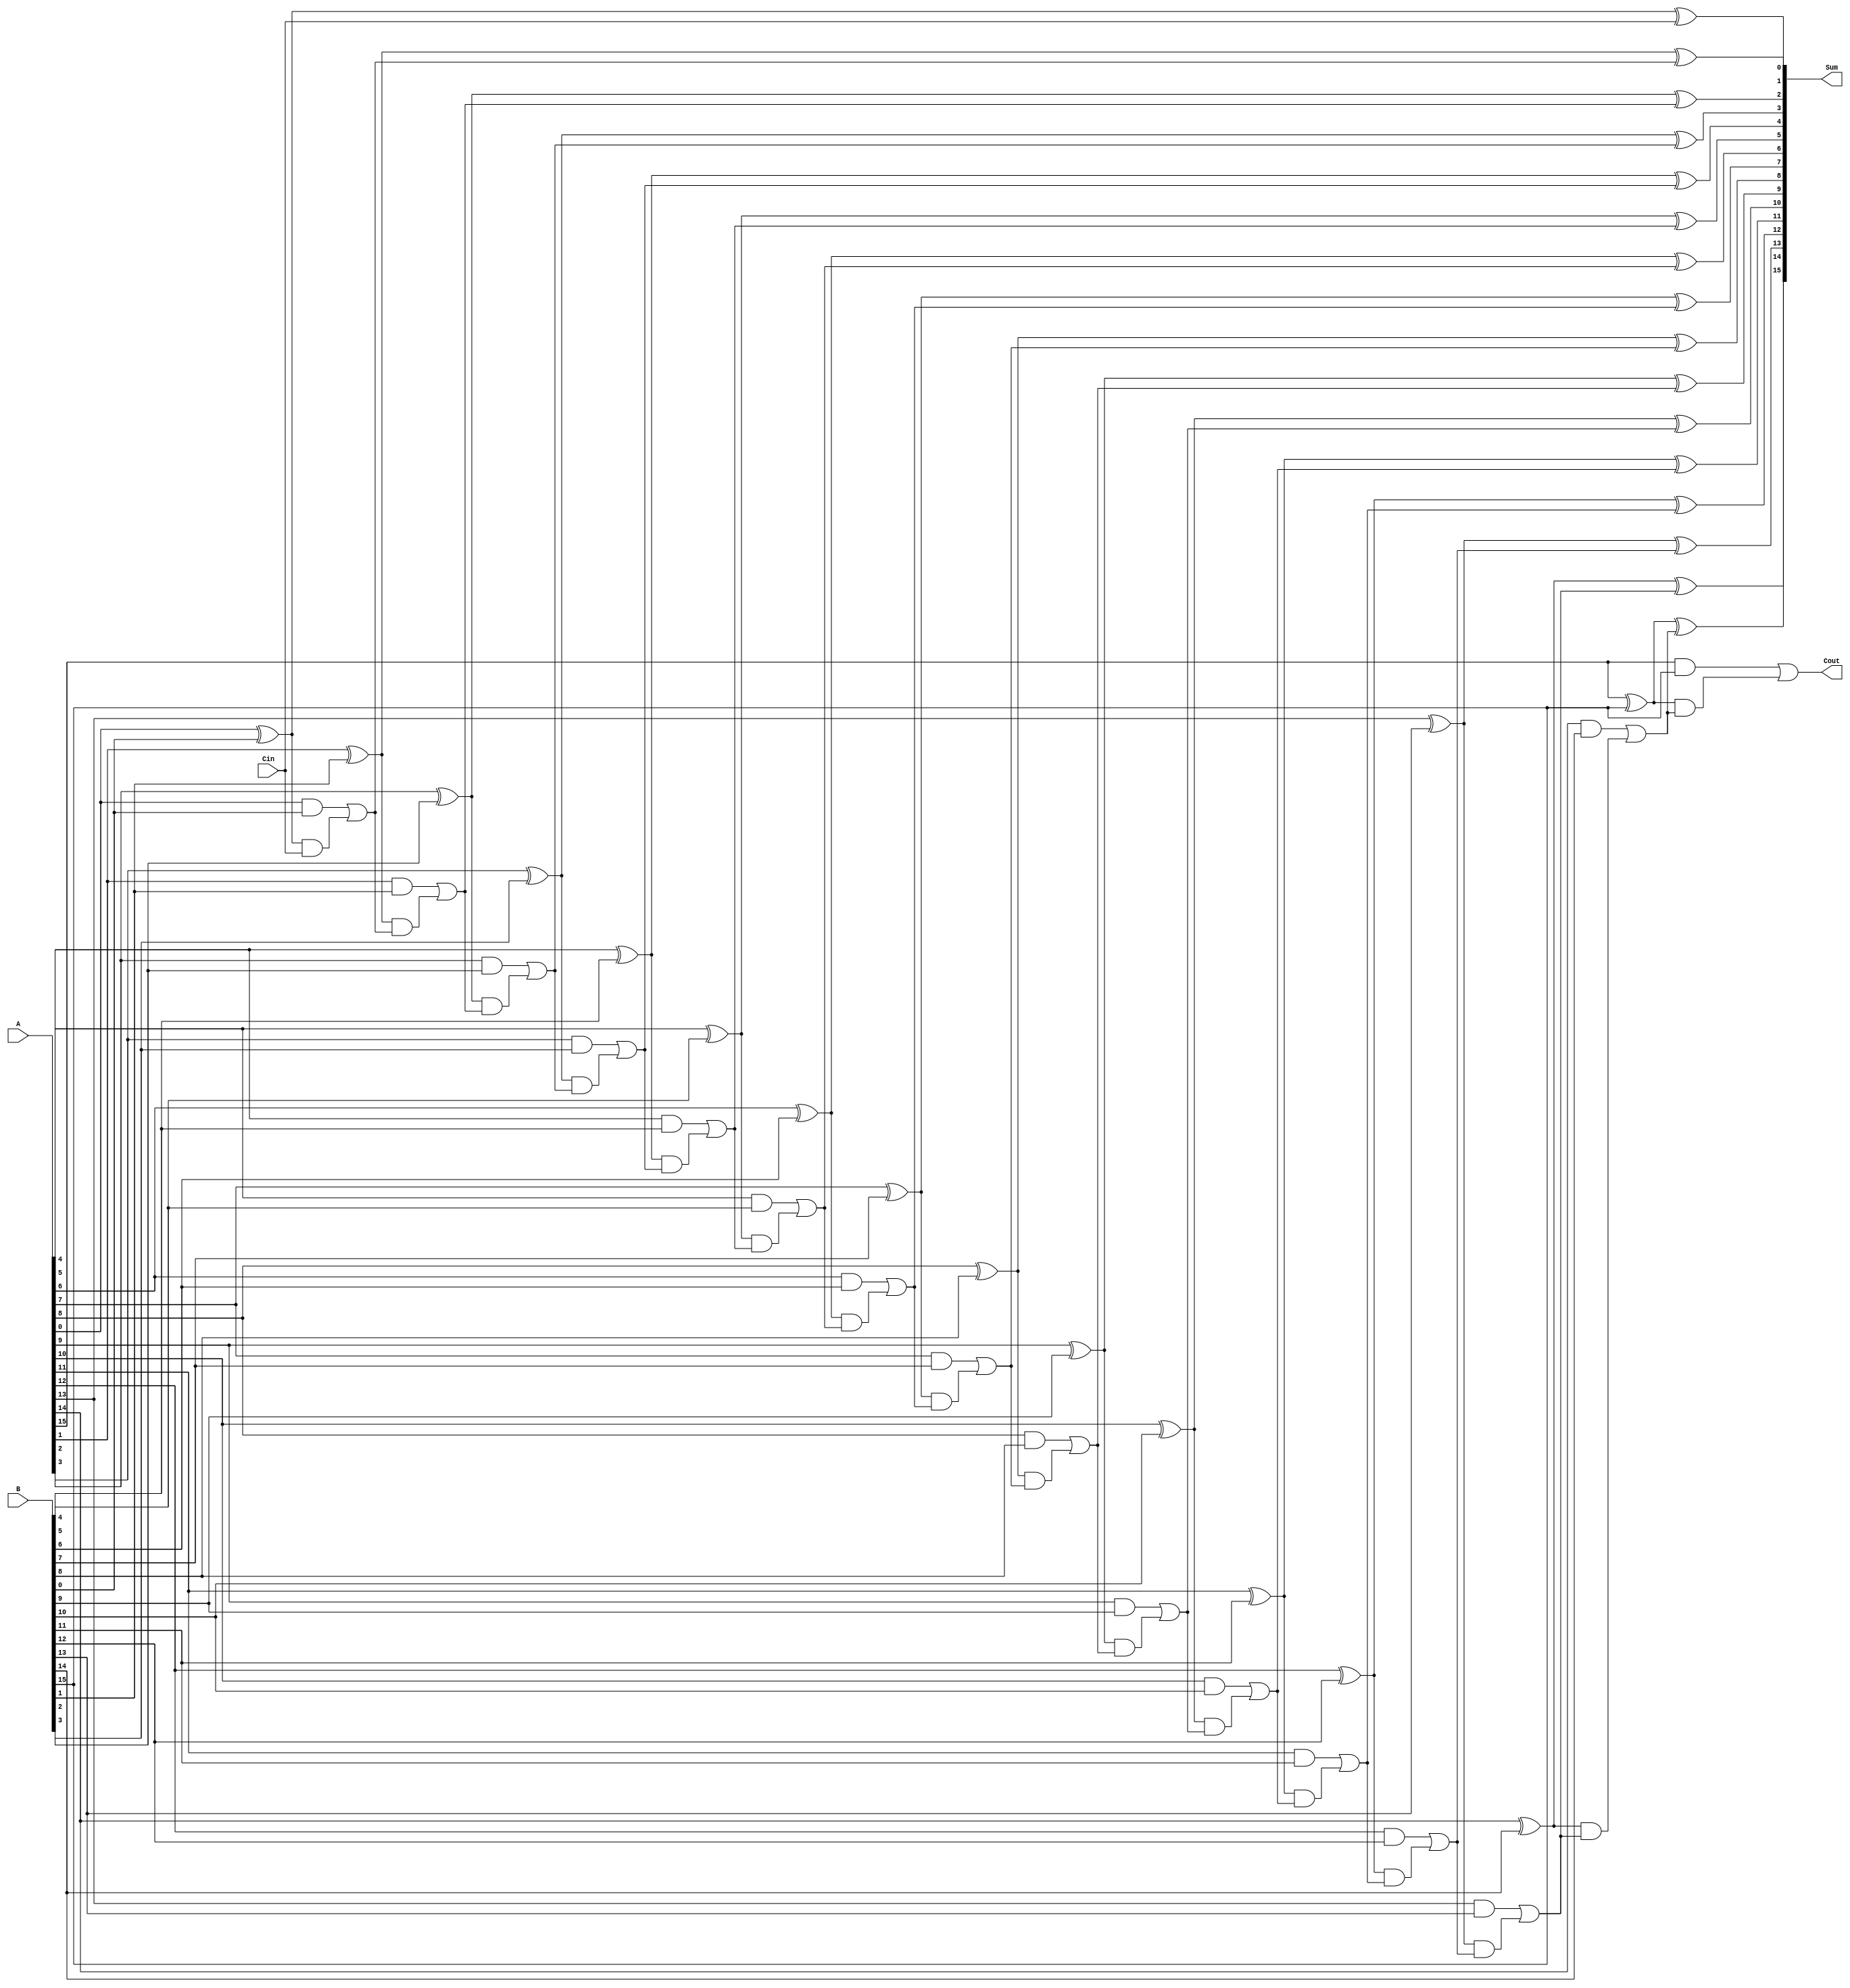
module carry_skip_adder(
    input wire [15:0] A,
    input wire [15:0] B,
    input wire Cin,
    output wire [15:0] Sum,
    output wire Cout
);

// Internal signals
wire [16:0] P, G, C;

// Generate Propagate units
genvar i;
generate
    for (i = 0; i < 16; i = i + 1) begin
        assign P[i] = A[i] ^ B[i];
        assign G[i] = A[i] & B[i];
    end
endgenerate

// Carry Propagation and Skip logic
assign C[0] = Cin;
generate
    for (i = 0; i < 16; i = i + 1) begin
        assign C[i+1] = G[i] | (P[i] & C[i]);
    end
endgenerate

// Sum calculation
generate
    for (i = 0; i < 16; i = i + 1) begin
        assign Sum[i] = A[i] ^ B[i] ^ C[i];
    end
endgenerate

// Carry-out
assign Cout = C[16];

endmodule